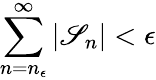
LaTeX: \sum_{n=n_{\epsilon}}^{\infty}|\mathscr{S}_{n}|<\epsilon